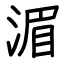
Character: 湄